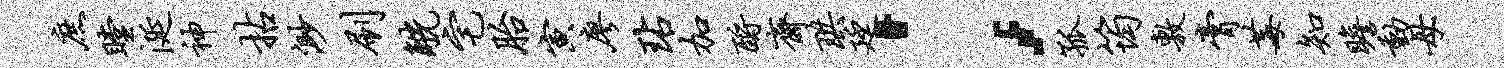
庶瞠涎神拈渺刷觥宅胎寅廖玷加酹斋珙廷；孤筠敷膏莓知瞻动母